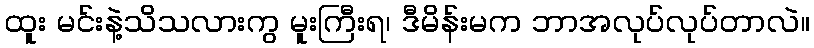
ထူး မင်းနဲ့သိသလားကွ မူးကြီးရ၊ ဒီမိန်းမက ဘာအလုပ်လုပ်တာလဲ။